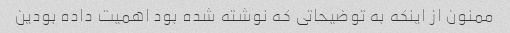
ممنون از اینکه به توضیحاتی که نوشته شده بود اهمیت داده بودین